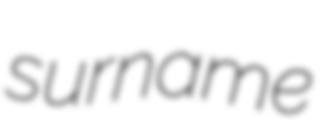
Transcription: surname